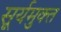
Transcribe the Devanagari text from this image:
सूर्यमुक्त